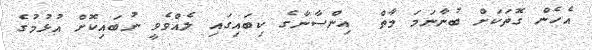
އެހެން ގޮތަކަށް ބުނާނަމަ މާތް  އިންސާނާގެ ކިބައިގައި ލެއްވެވީ ނުބައިކޮށް އުޅުމުގެ